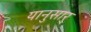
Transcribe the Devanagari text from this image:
यानुसार्